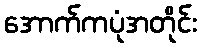
အောက်ကပုံအတိုင်း